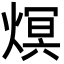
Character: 熐